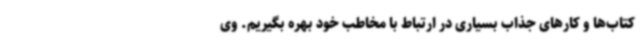
کتاب‌ها و کارهای جذاب بسیاری در ارتباط با مخاطب خود بهره بگیریم. وی